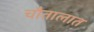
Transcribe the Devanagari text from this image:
चौतालात